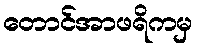
တောင်အာဖရိကမှ